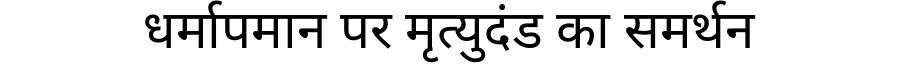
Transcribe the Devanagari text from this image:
धर्मापमान पर मृत्युदंड का समर्थन